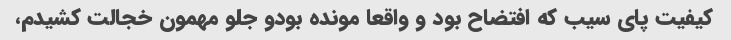
کیفیت پای سیب که افتضاح بود و واقعا مونده بودو جلو مهمون خجالت کشیدم،